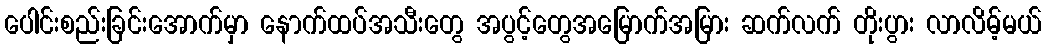
ပေါင်းစည်းခြင်းအောက်မှာ နောက်ထပ်အသီးတွေ အပွင့်တွေအမြောက်အမြား ဆက်လက် တိုးပွား လာလိမ့်မယ်